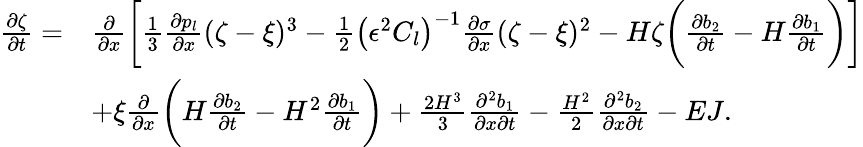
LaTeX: \begin{array}{rl}{\frac{\partial\zeta}{\partial t}=}&{\frac{\partial}{\partial x}\bigg[\frac{1}{3}\frac{\partial p_{l}}{\partial x}(\zeta-\xi)^{3}-\frac{1}{2}\left(\epsilon^{2}C_{l}\right)^{-1}\frac{\partial\sigma}{\partial x}(\zeta-\xi)^{2}-H\zeta\bigg(\frac{\partial b_{2}}{\partial t}-H\frac{\partial b_{1}}{\partial t}\bigg)\bigg]}\\ &{+\xi\frac{\partial}{\partial x}\bigg(H\frac{\partial b_{2}}{\partial t}-H^{2}\frac{\partial b_{1}}{\partial t}\bigg)+\frac{2H^{3}}{3}\frac{\partial^{2}b_{1}}{\partial x\partial t}-\frac{H^{2}}{2}\frac{\partial^{2}b_{2}}{\partial x\partial t}-EJ.}\end{array}